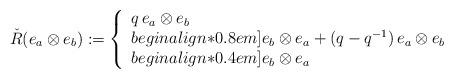
LaTeX: \begin{align*}\check R(e_a\otimes e_b):=\left\{\begin{array}{ll}q\,e_a\otimes e_b\ \ & \\begin{align*}0.8em]e_b\otimes e_a+(q-q^{-1})\,e_a\otimes e_b & \\begin{align*}0.4em]e_b\otimes e_a & \end{array}\right.\ \ \ \end{align*}